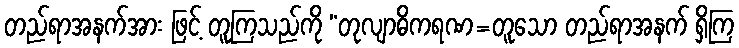
တည်ရာအနက်အား ဖြင့် တူကြသည်ကို “တုလျာဓိကရဏ=တူသော တည်ရာအနက် ရှိကြ